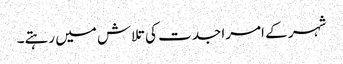
شہر کے امرا جدت کی تلاش میں رہتے۔